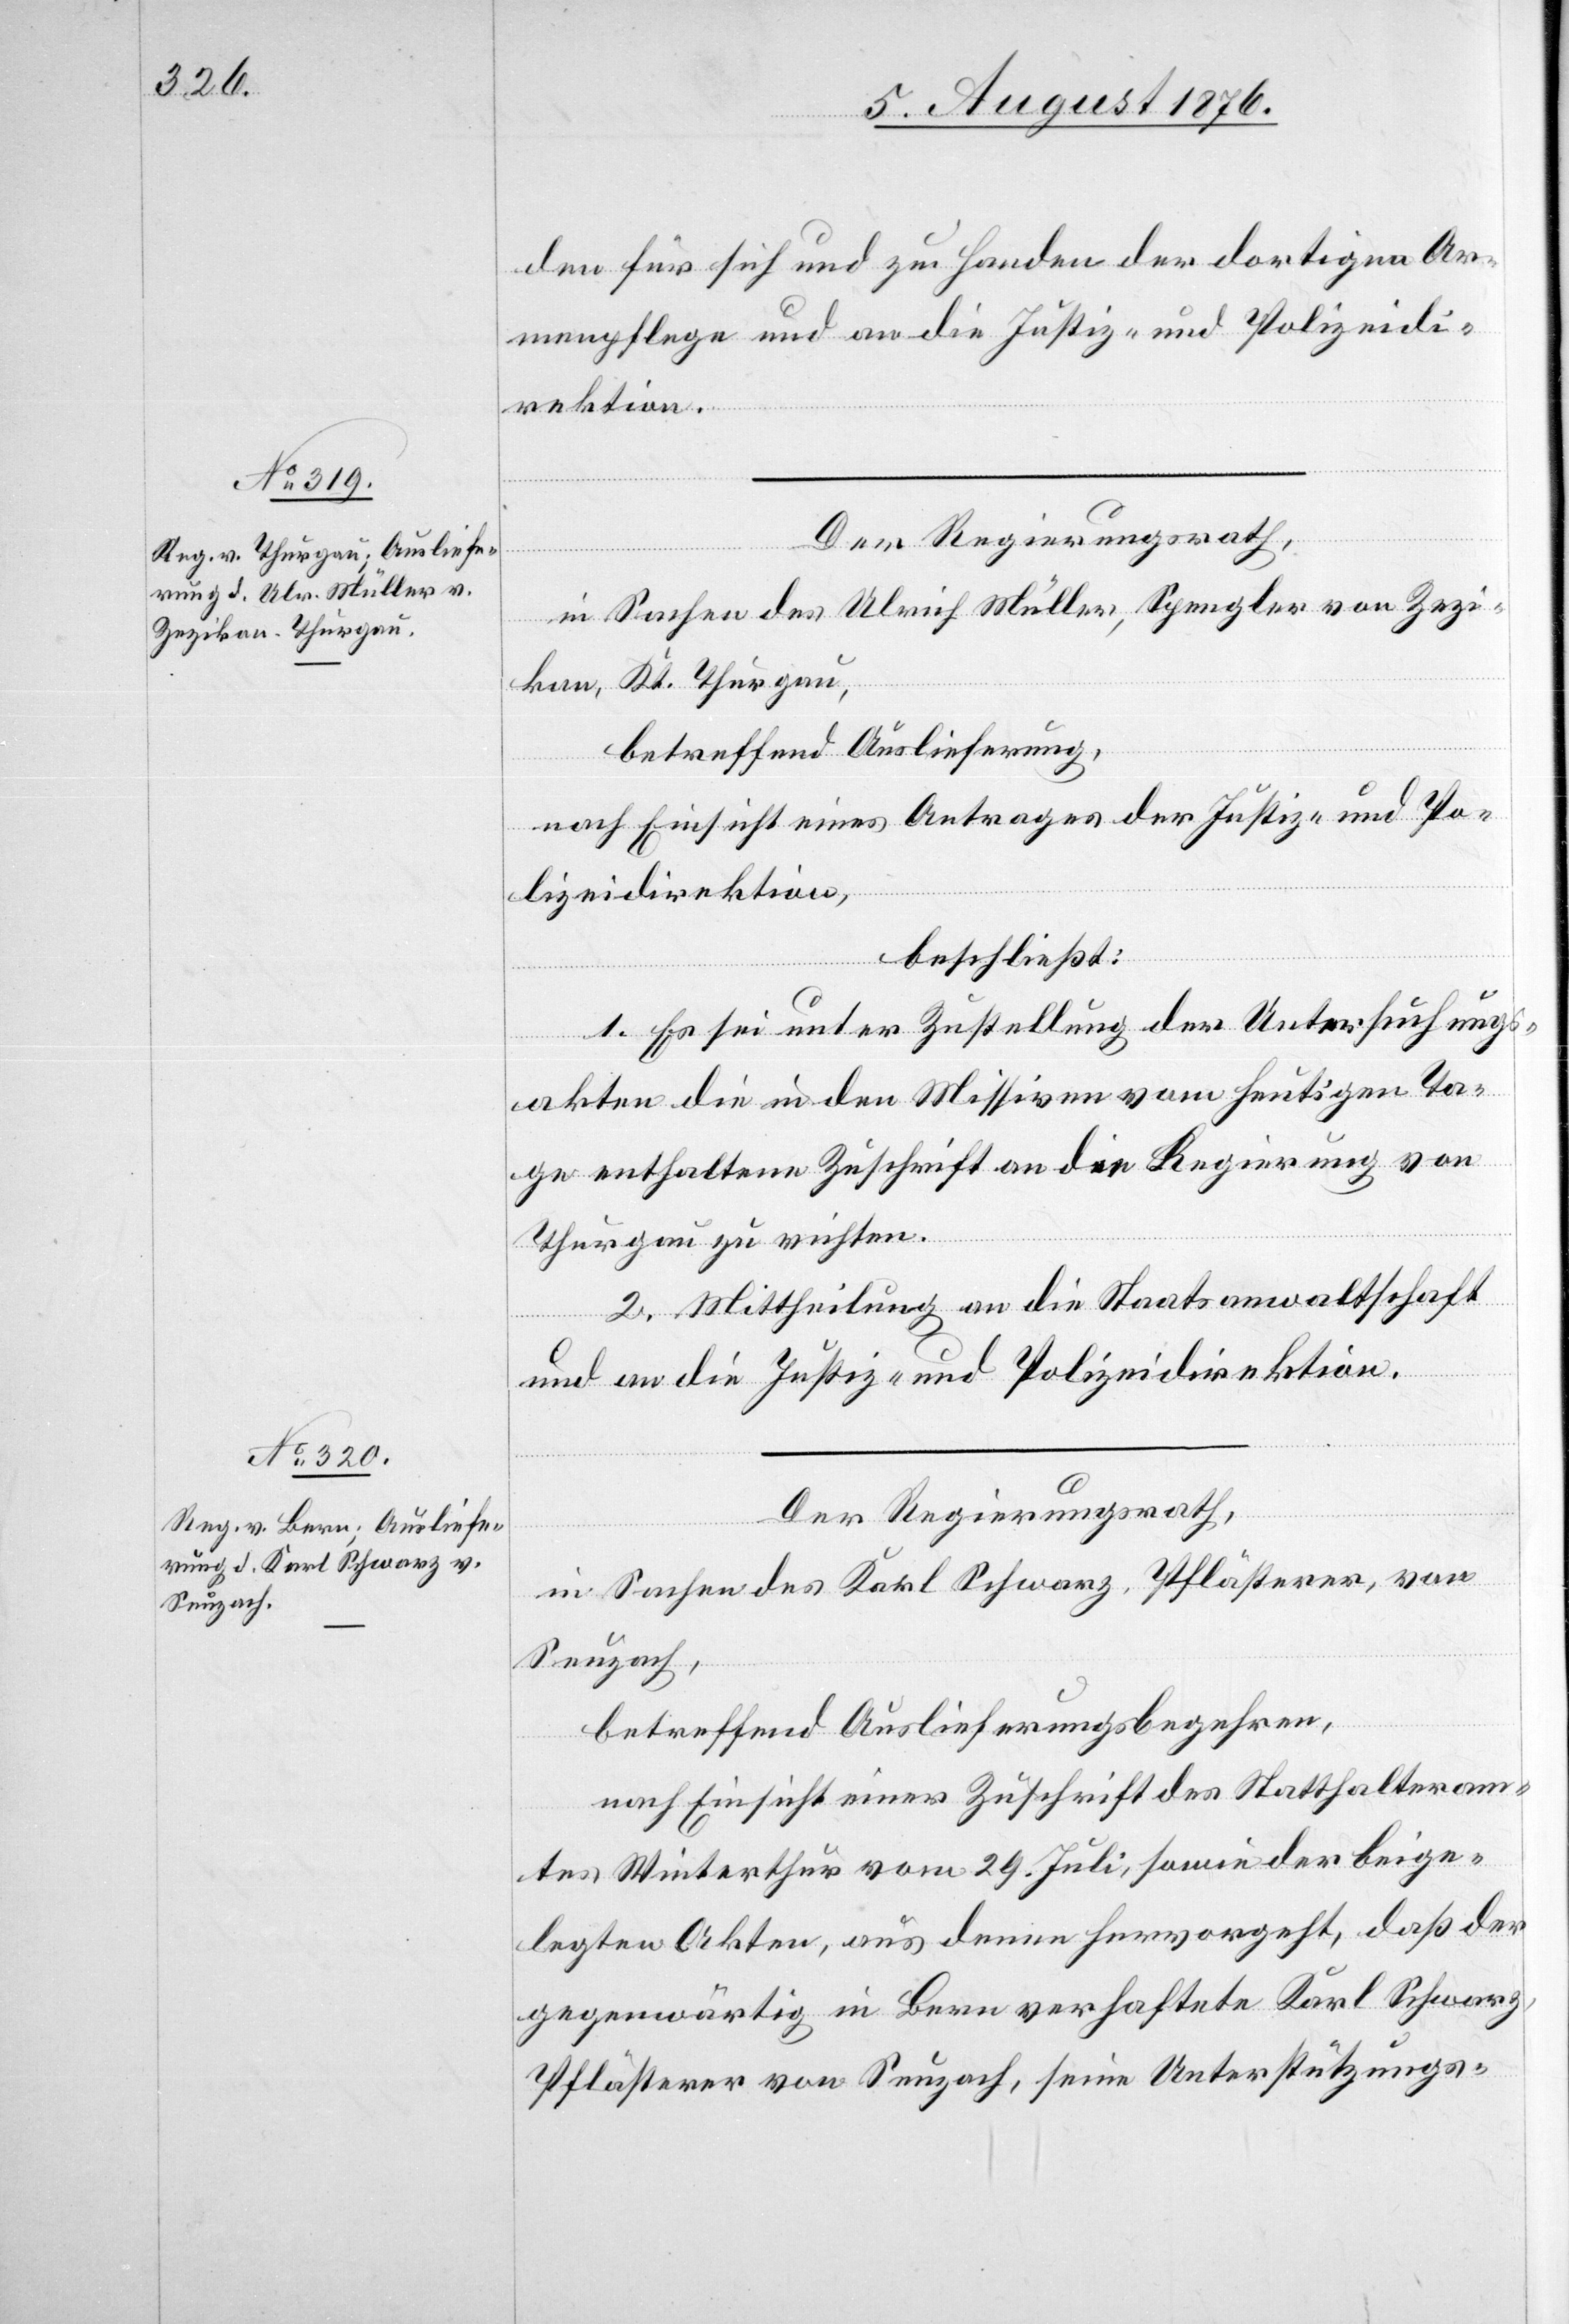
den für sich und zu Handen der dortigen Ar¬
menpflege und an die Justiz- und Polizeidi¬
rektion.
Der Regierungsrath,
in Sachen des Ulrich Müller, Spengler von Zezi¬
kon, Kt. Thurgau,
betreffend Auslieferung,
nach Einsicht eines Antrages der Zuschrift des
lizeidirektion,
beschließt:
1. Es sei unter Zustellung der Untersuchungs¬
akten die in den Missiven vom heutigen Ta¬
ge enthaltene Zuschrift an die Regierung von
Thurgau zu richten.
2. Mittheilung an die Staatsanwaltschaft
und an die Justiz- und Polizeidirektion.
Der Regierungsrath,
in Sachen des Karl Schwarz, Pflästerer, von
Seuzach,
betreffend Auslieferungsbegehren,
Winterthur vom 29. Juli, sowie der beige¬
legten Akten, aus denen hervorgeht, das der
gegenwärtig in Bern verhaftete Karl Schwarz,
Pflästerer von Seuzach, seine Unterstützungs-